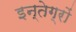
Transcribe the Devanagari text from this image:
इन्तेग्रों